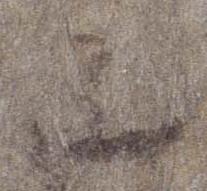
上